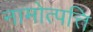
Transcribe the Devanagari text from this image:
नामोत्पत्ति